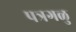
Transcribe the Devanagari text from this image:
पत्रगळु